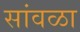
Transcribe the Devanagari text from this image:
सांवळा